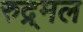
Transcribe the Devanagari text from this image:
रुद्र्मल